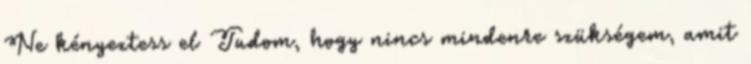
Ne kényeztess el Tudom, hogy nincs mindenre szükségem, amit